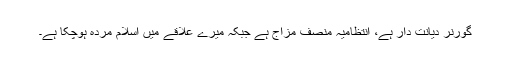
گورنر دیانت دار ہے، انتظامیہ منصف مزاج ہے جبکہ میرے علاقے میں اسلام مردہ ہوچکا ہے۔